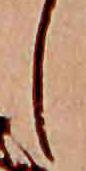
し